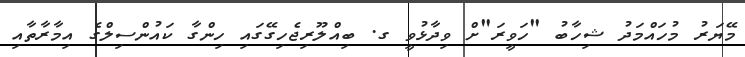
މޭޔަރު މުހައްމަދު ޝިހާބު "ހަވީރަ"ށް ވިދާޅުވީ ގ. ބިއްލޫރިޖެހިގޭގައި ހިންގާ ކައުންސިލްގެ އިމާރާތާއި